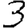
Digit: 3